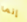
إنما